Statistics compiled by the Government of India from the reports of provincial Civil Veterinary Departments
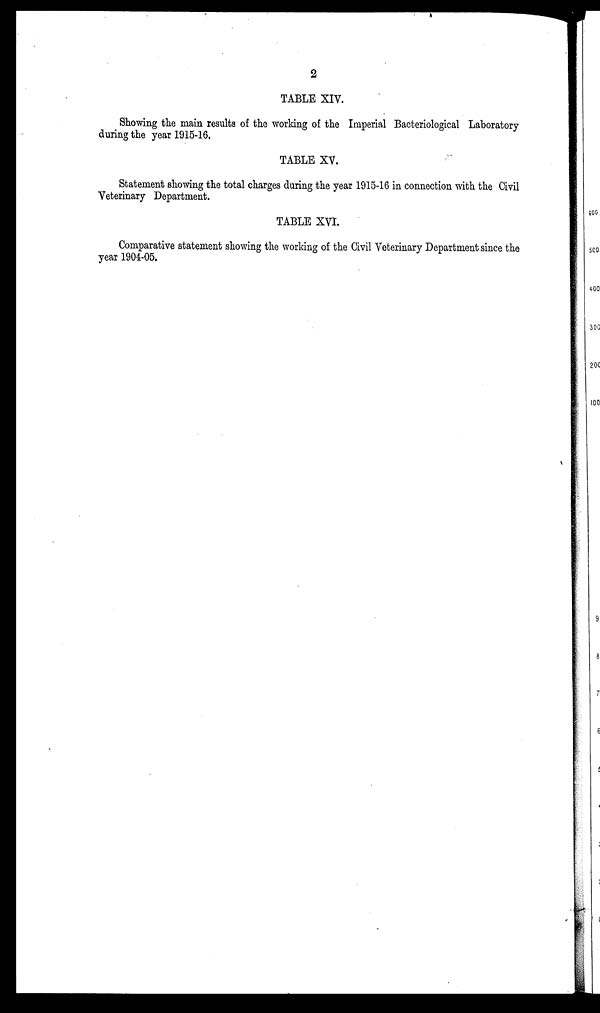
2
TABLE XIV.
Showing the main results of the working of the Imperial Bacteriological Laboratory
during the year 1915-16.
TABLE XV.
Statement showing the total charges during the year 1915-16 in connection with the Civil
Veterinary Department.
TABLE XVI.
Comparative statement showing the working of the Civil Veterinary Department since the
year 1904-05.